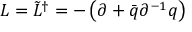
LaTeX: { \cal L } = \tilde { L } ^ { \dagger } = - \left( \partial + \bar { q } \partial ^ { - 1 } q \right)